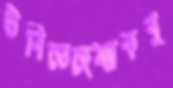
উবিতেছেম্যাকবু